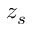
z _ { s }